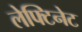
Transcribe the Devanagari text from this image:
लेफ्टिनेट